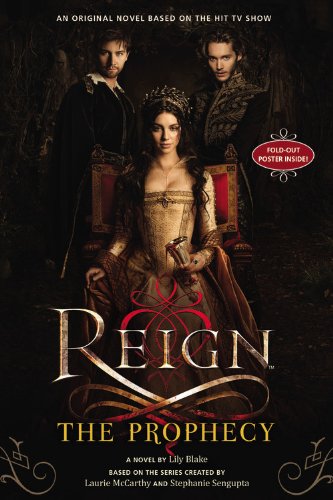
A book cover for Reign: The Prophecy; Lily Blake; Teen & Young Adult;